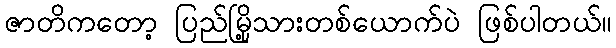
ဇာတိကတော့ ပြည်မြို့သားတစ်ယောက်ပဲ ဖြစ်ပါတယ်။